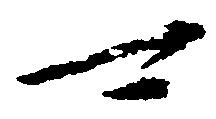
可